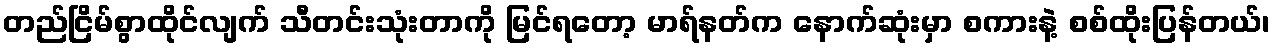
တည်ငြိမ်စွာထိုင်လျက် သီတင်းသုံးတာကို မြင်ရတော့ မာရ်နတ်က နောက်ဆုံးမှာ စကားနဲ့ စစ်ထိုးပြန်တယ်၊